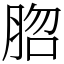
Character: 脗